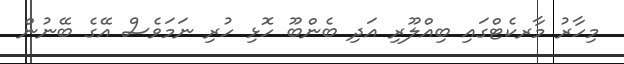
މިހާރު މާރކެޓްގައި ބިއްލޫރި އަދި ބެންބޫ ހޮޅި ހުރި ނަމަވެސް އޭގެ ބޭނުން